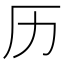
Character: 历